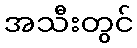
အသီးတွင်